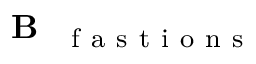
\mathbf { B } _ { \mathrm { ~ \textit ~ { ~ f ~ a ~ s ~ t ~ i ~ o ~ n ~ s ~ } ~ } }